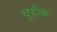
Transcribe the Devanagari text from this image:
चूडीक